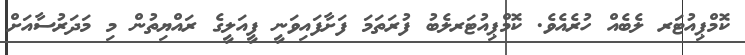
ކޮމްޕިއުޓަރ ލެބެއް ހުރެއެވެ. ކޮމްޕިއުޓަރލެބު ފުރަތަމަ ފަށާފައިވަނީ ފީއަލީގެ ރައްޔިތުން މި މަދަރުސާއަށް